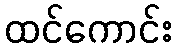
ထင်ကောင်း